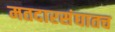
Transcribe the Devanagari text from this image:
मतदारसंघातच